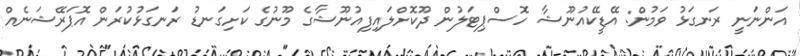
އަންނަނީ ރަނގަޅު ވަމުން: އޭޑީކޭއުނޫޝާ ހޮސްޕިޓަލުން ދޫކޮށްލައިފިއުނޫޝާގެ މޫނުގެ ކަށިގަނޑު ރަނގަޅުކުރަން އޮޕަރޭޝަނެއް